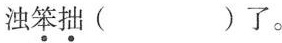
浊笨拙( )了。